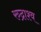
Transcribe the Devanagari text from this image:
रुद्राश्व